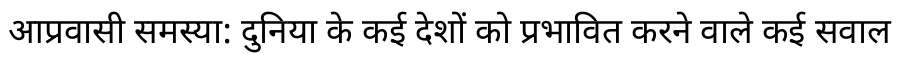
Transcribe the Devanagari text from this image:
आप्रवासी समस्या: दुनिया के कई देशों को प्रभावित करने वाले कई सवाल